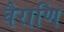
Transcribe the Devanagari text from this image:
वैराणि